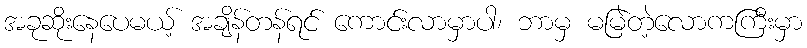
အခုဆိုးနေပေမယ့် အချိန်တန်ရင် ကောင်းလာမှာပါ၊ ဘာမှ မမြဲတဲ့လောကကြီးမှာ